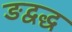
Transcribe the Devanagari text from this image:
ङद्वद्ध